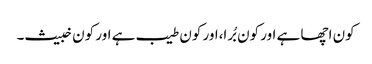
کون اچھا ہے اور کون بُرا،اور کون طیب ہے اور کون خبیث۔